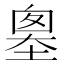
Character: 𡏙